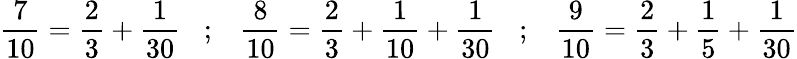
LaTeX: {\frac{7}{10}}={\frac{2}{3}}+{\frac{1}{30}}\; \; \; ;\; \; \; {\frac{8}{10}}={\frac{2}{3}}+{\frac{1}{10}}+{\frac{1}{30}}\; \; \; ;\; \; \; {\frac{9}{10}}={\frac{2}{3}}+{\frac{1}{5}}+{\frac{1}{30}}